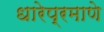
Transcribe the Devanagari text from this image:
धारेप्रमाणे